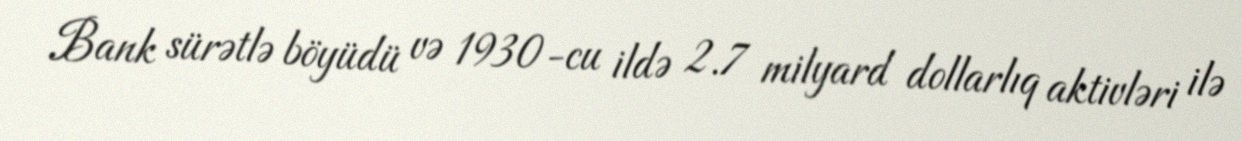
Bank sürətlə böyüdü və 1930-cu ildə 2.7 milyard dollarlıq aktivləri ilə